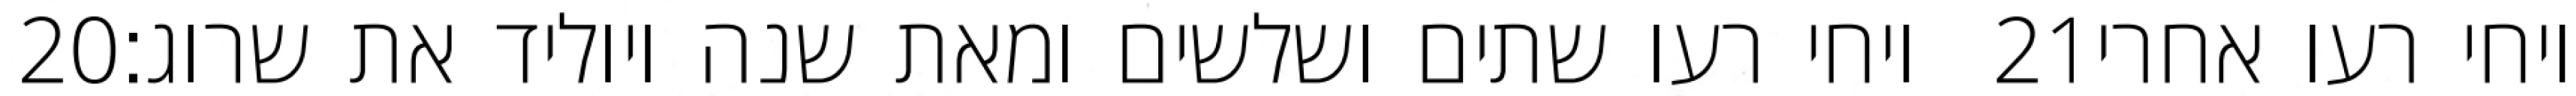
‎20‏ ויחי רעו שתים ושלשים ומאת שנה ויוליד את שרוג׃ ‎21‏ ויחי רעו אחרי